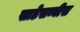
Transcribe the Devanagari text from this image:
साडेसव्वीस